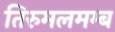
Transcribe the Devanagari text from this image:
तिरुमलमम्ब